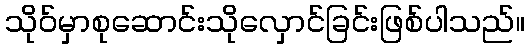
သိုဝ်မှာစုဆောင်းသိုလှောင်ခြင်းဖြစ်ပါသည်။